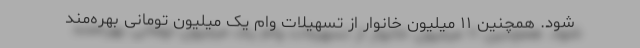
شود. همچنین ۱۱ میلیون خانوار از تسهیلات وام یک میلیون تومانی بهره‌مند